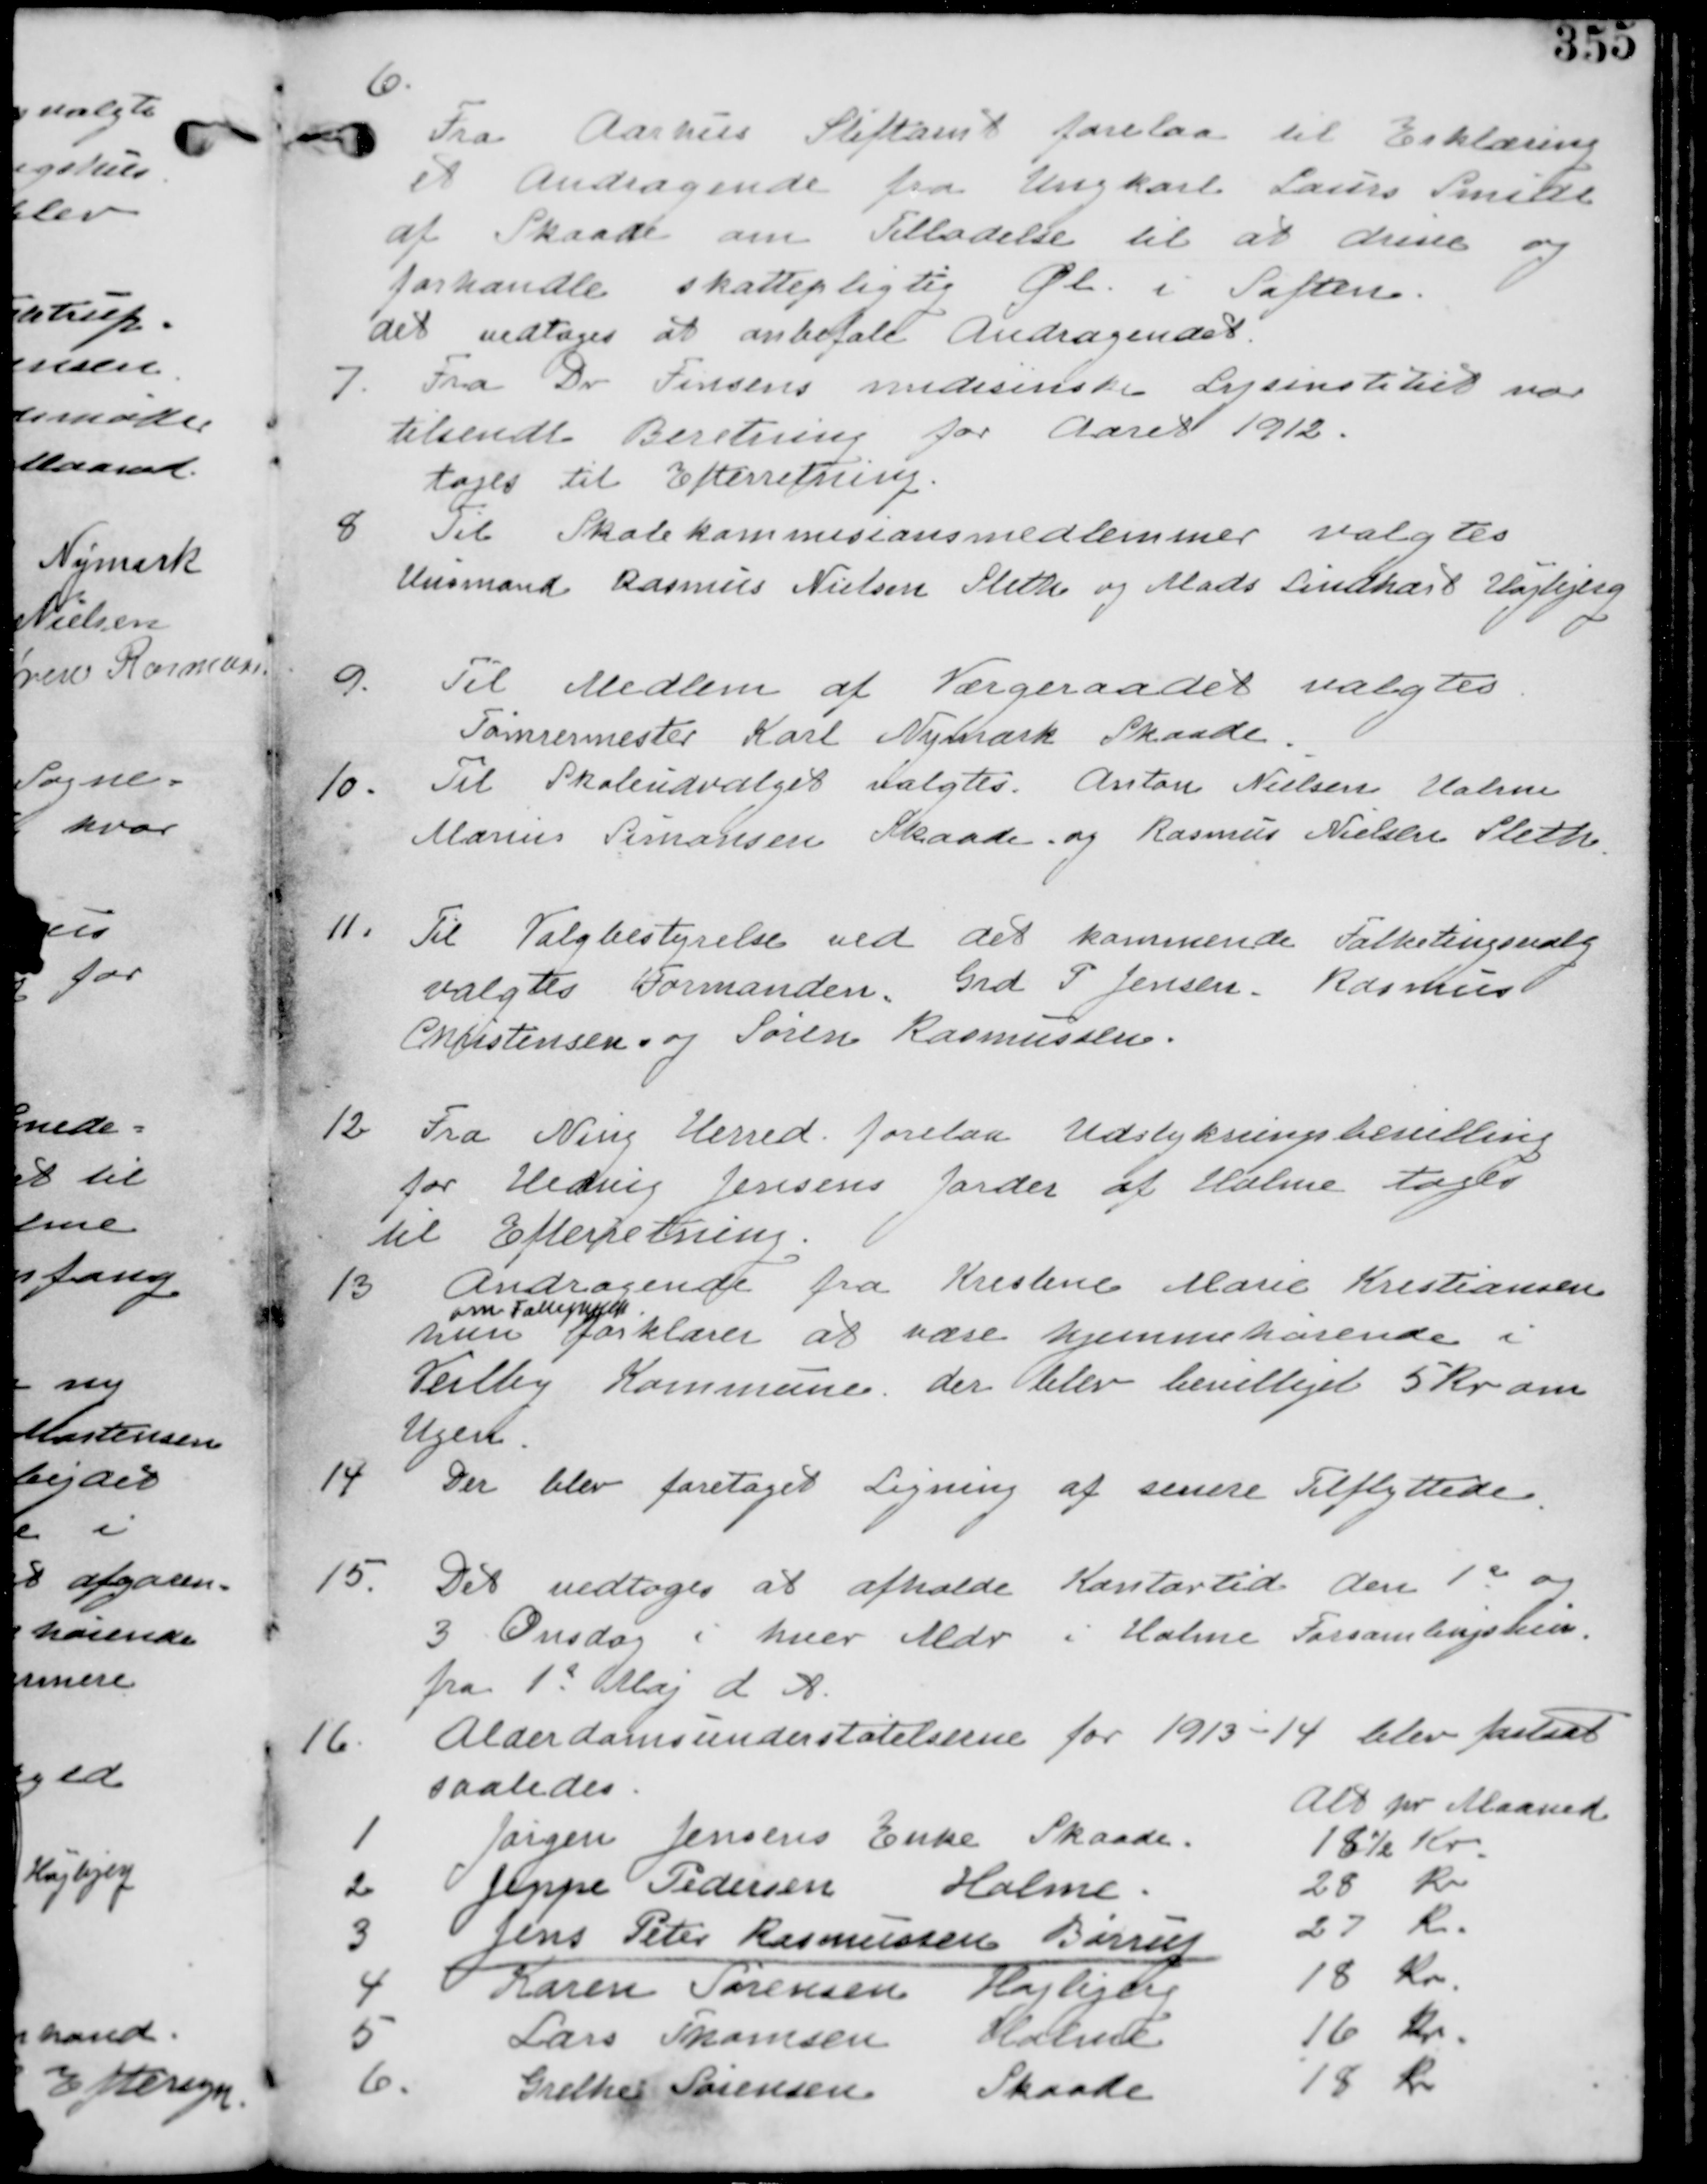
Transskription:
6.
Fra Aarhus Stiftamt forelaa til Erklæring
et Andragende fra Ungkarl Laurs Smith
af Skaade om Tilladelse til at drive og
forhandle skattepligtig Øl i Søften
det vedtages at anbefale Andragenet.

7. Fra Dr Finsens medisinske Lysinstitut var
tilsendt Beretning for Aaret 1912
tages til Efterretning.

8. Til Skolekommissionsmedlemmer valgtes
Husmand Rasmus Nielsen Sleth og Mads Lindhart Højbjerg

9. Til Medlem af Værgeraadet valgtes
Tømrermester Karl Nymark Skaade.

10. Til Skoleudvalget valgtes Anton Nielsen Holme
Marius Simonsen Skaade og Rasmus Nielsen Sleth.

11. Til Valgbestyrelse ved det kommende Folketingsvalg
valgtes Formanden, Grd P Jensen, Rasmus
Christensen og Søren Rasmussen

12. Fra Ning Herred forelaa Udstykningsbevilling
for Hedvig Jensens Jorder af Holme tages
til Efterretning.

13. Andragende fra Marie Kristensen
om Fattighjælp
hun forklarer at være hjemmehørende i
Veilby Kommune. der blev bevilliget 5 Kr om
Ugen.

14. Der blev foretaget ligning af senere Tilflyttere.

15. Det vedtages at afholde Kontortid den 1st og
3 Onsdag i hver Mdr i Holme Forsamlingshus
fra 1st Maj d.A.

16. Alderdomsunderstøttelserne for 1913-14 blev fastsat
saaledes
Alt pr Maaned
1.
Jørgen Jensens Enke Skaade
18 ½ Kr
2.
Jeppe Pedersen Holme
28 Kr
3.
Jens Peter Rasmussen Børrup
27 Kr
4.
Karen Sørensen Højbjerg
18 Kr
5.
Lars Thomsen Holme
16 Kr
6.
Grelhes Sørensen Skaade
18 Kr